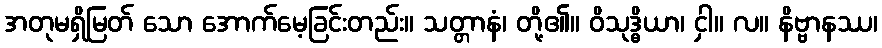
အတုမရှိမြတ် သော အောက်မေ့ခြင်းတည်း။ သတ္တာနံ၊ တို့၏။ ဝိသုဒ္ဓိယာ၊ ငှါ။ လ။ နိဗ္ဗာနဿ၊